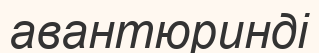
авантюринді